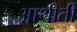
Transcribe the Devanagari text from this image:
आथीती